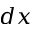
d x